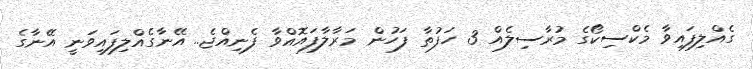
ގެއްލިފައިވާ މެކްސިކޯގެ މުރާސިލެއް 3 ހަފުތާ ފަހުން މަރާލާފައޮއްވާ ފެނިއްޖެ.. އޭނާގެއްލިފައިވަނީ އޭނާގެ